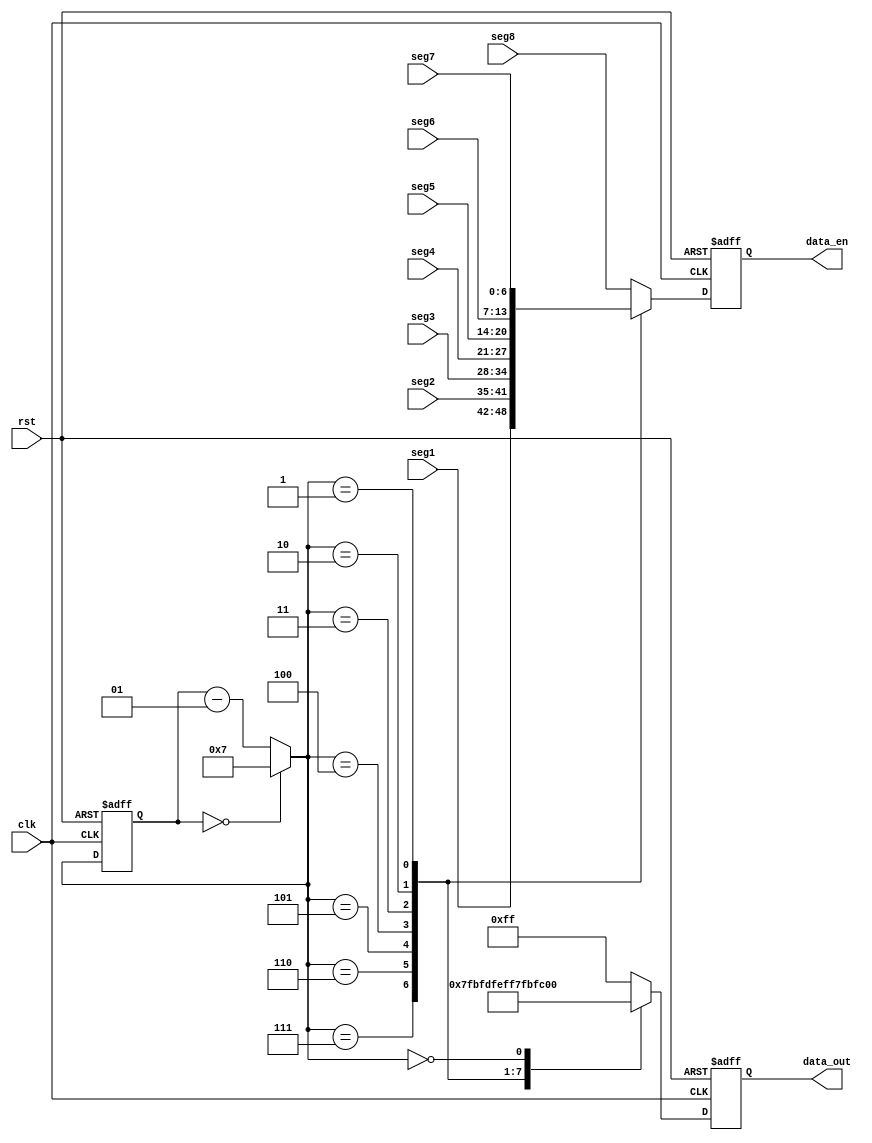
module seven_seg_controller(clk,rst,seg1,seg2,seg3,seg4,seg5,seg6,seg7,seg8,data_out,data_en);
  input clk,rst;
  input [6:0] seg1,seg2,seg3,seg4,seg5,seg6,seg7,seg8;
  output reg [6:0] data_en;
  output reg [7:0] data_out;
  integer CNT_SCAN;

  always @(posedge clk or negedge rst)
    begin
      if(!rst)
        begin
          data_out<=8'b00000000;
          data_en<=0;
          CNT_SCAN=0;
        end
      else
        begin
          if(CNT_SCAN==0)
            CNT_SCAN=7;
          else
            CNT_SCAN=CNT_SCAN-1;

          case(CNT_SCAN)
            7: 
              begin
                data_out<=8'b01111111;
                data_en<=seg1;
              end
            6:
              begin
                data_out<=8'b10111111;
                data_en<=seg2;
              end
            5:
              begin
                data_out<=8'b11011111;
                data_en<=seg3;
              end
            4:
              begin
                data_out<=8'b11101111;
                data_en<=seg4;
              end
            3:
              begin
                data_out<=8'b11110111;
                data_en<=seg5;
              end
            2:
              begin
                data_out<=8'b11111011;
                data_en<=seg6;
              end
            1:
              begin
                data_out<=8'b11111101;
                data_en<=seg7;
              end
            0:
              begin
                data_out<=8'b11111110;
                data_en<=seg8;
              end
            default:
              begin
                data_out<=8'b11111111;
                data_en<=seg8;
              end
          endcase
        end
    end
endmodule